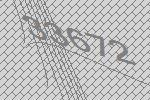
33672